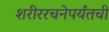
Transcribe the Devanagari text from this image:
शरीररचनेपर्यंतची